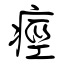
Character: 痙